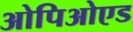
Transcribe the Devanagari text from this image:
ओपिओएड